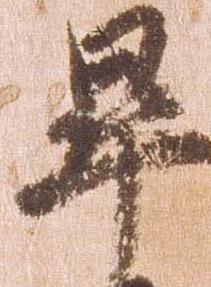
畢